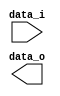
/***************************************************
Student Name: 
Student ID: 
***************************************************/

`timescale 1ns/1ps

module Shift_Left_1(
    input  		[32-1:0] data_i,
    output wire [32-1:0] data_o
    );


endmodule